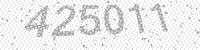
Solution: 425011